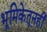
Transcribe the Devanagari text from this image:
भूमिकेतूनही